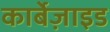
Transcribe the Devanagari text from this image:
कार्बेज़ाइड